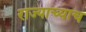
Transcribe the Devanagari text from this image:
राज्याच्याच